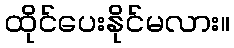
ထိုင်ပေးနိုင်မလား။